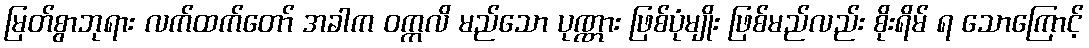
မြတ်စွာဘုရား လက်ထက်တော် အခါက ဝက္ကလိ မည်သော ပုဏ္ဏား ဖြစ်ပုံမျိုး ဖြစ်မည်လည်း စိုးရိမ် ရ သောကြောင့်